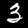
Label: 3